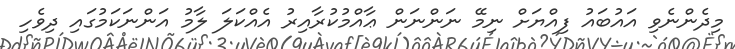
މިދެންނެވި އައުބައު ފިއްޔަށް ނިމޭ ނަންނަން ޢާއްމުކުރާއިރު އެއްކަލަ ލާމު އަންނަކަމުގައި ދިވެހި